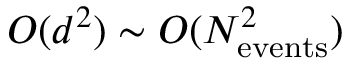
{ \cal O } ( d ^ { 2 } ) \sim { \cal O } ( N _ { \mathrm { e v e n t s } } ^ { 2 } )